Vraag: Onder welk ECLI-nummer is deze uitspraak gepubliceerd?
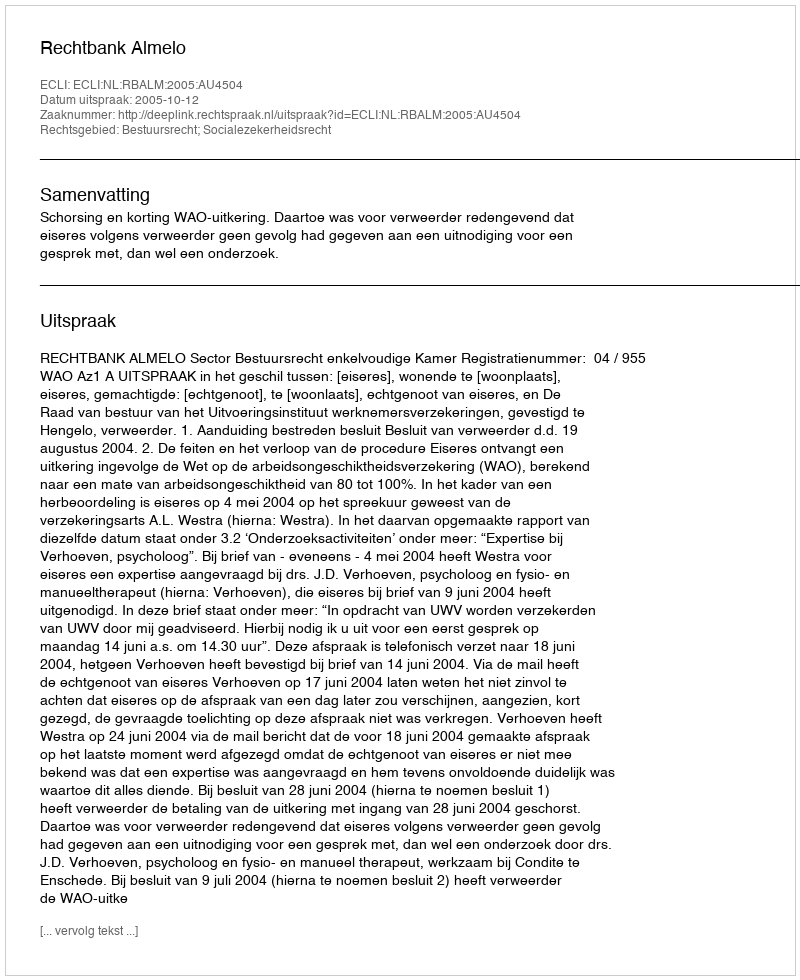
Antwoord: ECLI:NL:RBALM:2005:AU4504